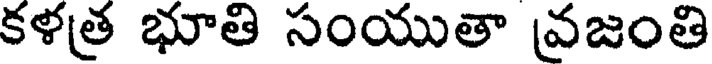
కళత్ర భూతి సంయుతా వ్రజంతి